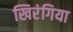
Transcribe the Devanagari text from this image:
खिरंगिया